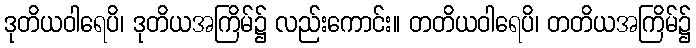
ဒုတိယဝါရေပိ၊ ဒုတိယအကြိမ်၌ လည်းကောင်း။ တတိယဝါရေပိ၊ တတိယအကြိမ်၌